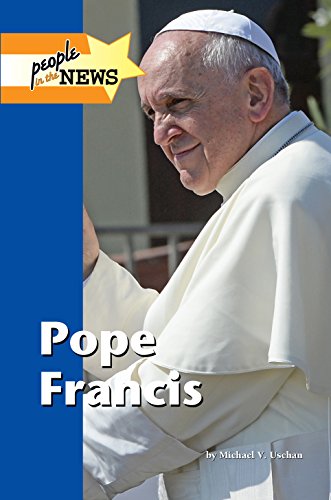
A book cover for Pope Francis (People in the News); Michael V. Uschan; Teen & Young Adult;